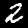
Label: 2